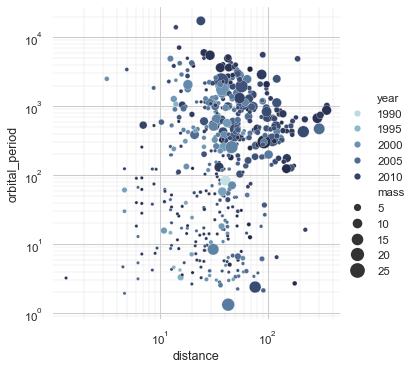
python, seaborn, cubehelix_palette, relplot